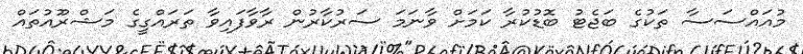
މުއައްސަސާ ތަކުގެ ބަޖެޓު ބޮޑުކުރާ ކަމަށް ވާނަމަ ސަރުކާރުން ރާވާފައިވާ ތަރައްގީގެ މަޝްރޫއުތައް